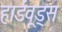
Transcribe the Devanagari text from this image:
हार्डवूड्स